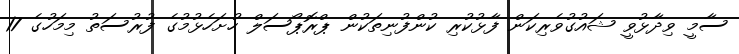
ސާމީ ވިދާޅުވީ ޝައުގުވެރިކަން ފާޅުކުރި ކުންފުނިތަކުން ޕްރޮޕޯސަލް ހުށަހެޅުމުގެ ފުރުސަތު މިމަހުގެ 17